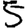
Digit: 5